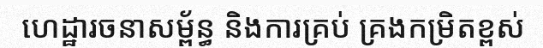
ហេដ្ឋារចនាសម្ព័ន្ធ និងការគ្រប់ គ្រងកម្រិតខ្ពស់